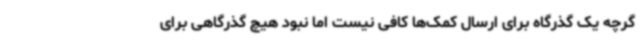
گرچه یک گذرگاه برای ارسال کمک‌ها کافی نیست اما نبود هیچ گذرگاهی برای